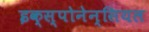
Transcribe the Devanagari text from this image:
इक्स्पोनेन्सियल